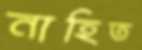
নাহিত